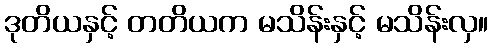
ဒုတိယနှင့် တတိယက မသိန်းနှင့် မသိန်းလှ။